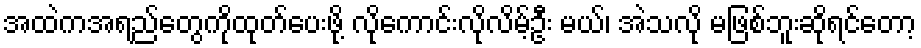
အထဲကအရည်တွေကိုထုတ်ပေးဖို့ လိုကောင်းလိုလိမ့်ဦး မယ်၊ အဲသလို မဖြစ်ဘူးဆိုရင်တော့